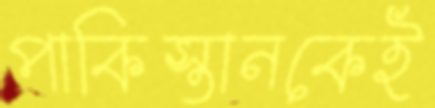
পাকিস্তানকেই